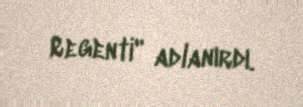
Regenti" adlanırdı.